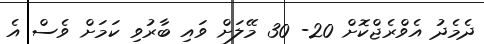
ދެމެދު އެވްރެޖްކޮށް 20- 30 މޭލަށް ވައި ބާރުވި ކަމަށް ވެސް އެ